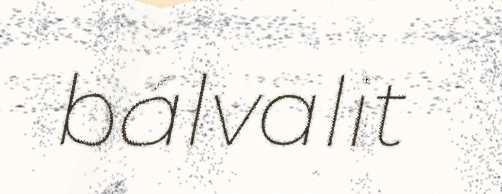
bálvalit